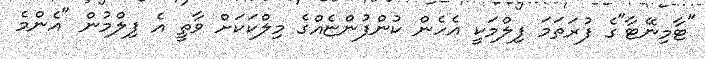
"ޓާމިނޭޓާ"ގެ ފުރަތަމަ ފިލްމަކީ އެހެން ކުންފުންޏެއްގެ މިލްކަކަށް ވާތީ އެ ފިލްމުން "އެންމެ